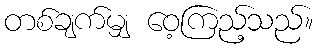
တစ်ချက်မျှ ဝေ့ကြည့်သည်။